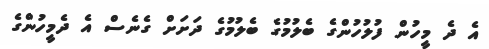
އެ ދެ މީހުން ފުލުހުންގެ ބެލުމުގެ ބެލުމުގެ ދަށަށް ގެނެސް އެ ދެމީހުންގެ